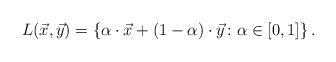
LaTeX: \begin{align*}L(\vec{x}, \vec{y}) = \left\{\alpha\cdot \vec{x}+(1-\alpha)\cdot \vec{y}\colon \alpha \in [0,1]\right\}. \end{align*}